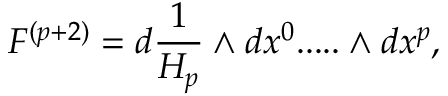
F ^ { ( p + 2 ) } = d { \frac { 1 } { H _ { p } } } \wedge d x ^ { 0 } . . . . . \wedge d x ^ { p } ,